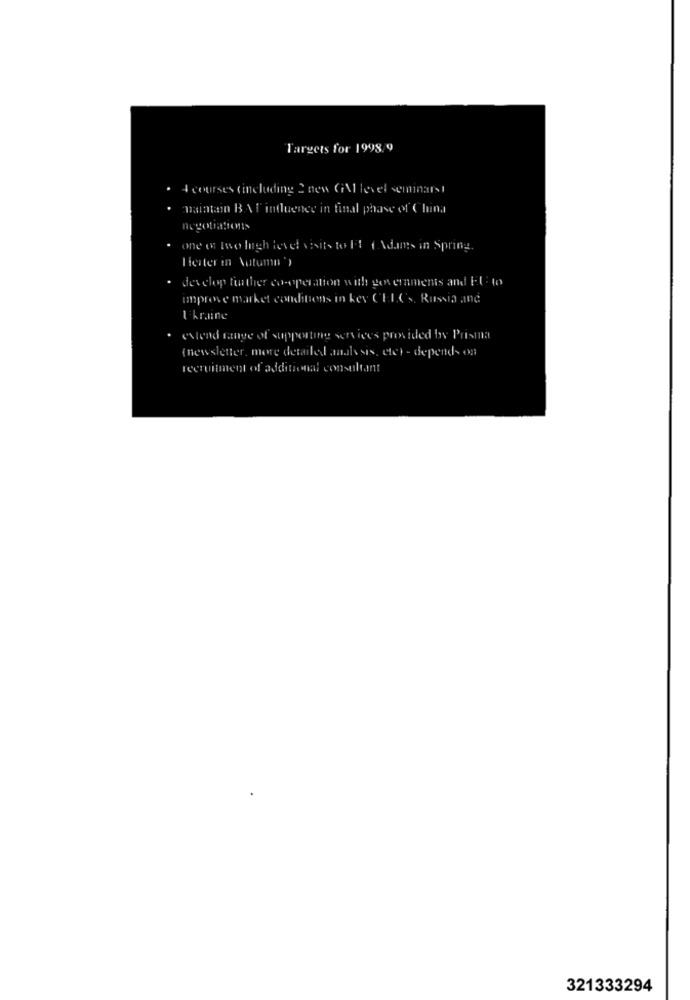
Targets for 1998. 9
4 courses (including 2 new GiAl level seminars!
mainten BAT influence in final phase of China
negotiations
one or two lugh level visits to Ff ( Adams in Spring.
Herter in Autumn ')
develop further co-operation with gos cinments and it to
unprove market conditions in key CEL('s, Russia and
Ukraine
· extend range of supportie services provided by Prisma
(newsletter, more detailed analysis, etet - depends on
recruitment of additional consultant
321333294